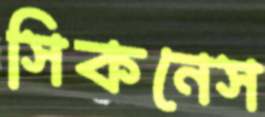
সিকনেস